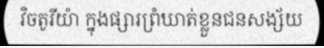
វិចតូរីយ៉ា ក្នុងផ្សារព្រំឃាត់ខ្លួនជនសង្ស័យ